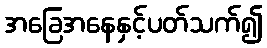
အခြေအနေနှင့်ပတ်သက်၍